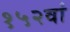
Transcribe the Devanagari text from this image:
१५२वां